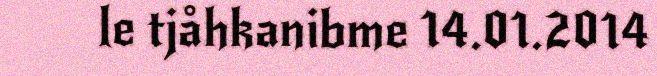
le tjåhkanibme 14.01.2014